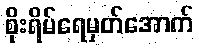
စိုးရိမ်ရေမှတ်အောက်